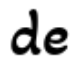
de